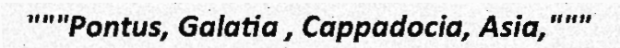
"""Pontus, Galatia , Cappadocia, Asia,"""